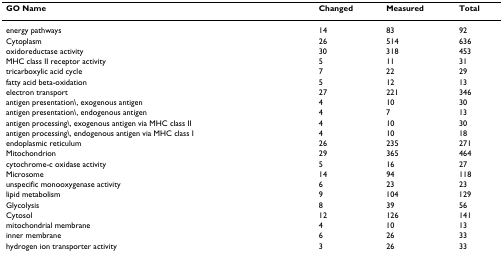
| GO Name | Changed | Measured | Total |
 | --- | --- | --- | --- |
 | energy pathways | 14 | 83 | 92 |
 | Cytoplasm | 26 | 514 | 636 |
 | oxidoreductase activity | 30 | 318 | 453 |
 | MHC class II receptor activity | 5 | 11 | 31 |
 | tricarboxylic acid cycle | 7 | 22 | 29 |
 | fatty acid beta-oxidation | 5 | 12 | 13 |
 | electron transport | 27 | 221 | 346 |
 | antigen presentation\, exogenous antigen | 4 | 10 | 30 |
 | antigen presentation\, endogenous antigen | 4 | 7 | 13 |
 | antigen processing\, exogenous antigen via MHC class II | 4 | 10 | 30 |
 | antigen processing\, endogenous antigen via MHC class I | 4 | 10 | 18 |
 | endoplasmic reticulum | 26 | 235 | 271 |
 | Mitochondrion | 29 | 365 | 464 |
 | cytochrome-c oxidase activity | 5 | 16 | 27 |
 | Microsome | 14 | 94 | 118 |
 | unspecific monooxygenase activity | 6 | 23 | 23 |
 | lipid metabolism | 9 | 104 | 129 |
 | Glycolysis | 8 | 39 | 56 |
 | Cytosol | 12 | 126 | 141 |
 | mitochondrial membrane | 4 | 10 | 13 |
 | inner membrane | 6 | 26 | 33 |
 | hydrogen ion transporter activity | 3 | 26 | 33 |